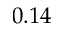
0 . 1 4